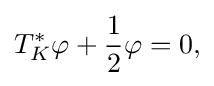
\displaystyle {T_{K}^{*}\varphi +{1 \over 2}\varphi =0,}